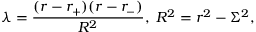
\lambda = \frac { ( r - r _ { + } ) ( r - r _ { - } ) } { R ^ { 2 } } , \; R ^ { 2 } = r ^ { 2 } - \Sigma ^ { 2 } ,